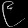
Digit: ၉